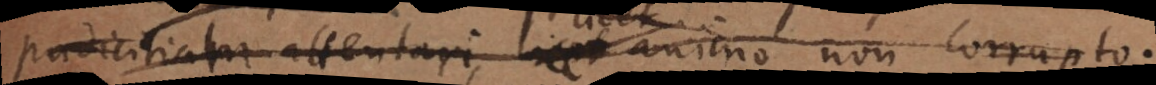
pudicitiam attentari, licet animo non corrupto.